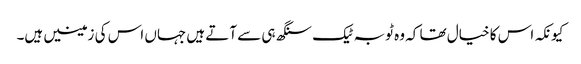
کیونکہ اس کا خیال تھا کہ وہ ٹوبہ ٹیک سنگھ ہی سے آتے ہیں جہاں اس کی زمینیں ہیں۔